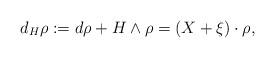
LaTeX: \begin{align*} d_H \rho := d \rho + H \wedge \rho = (X + \xi ) \cdot \rho, \end{align*}